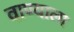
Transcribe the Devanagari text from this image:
वाण्याला